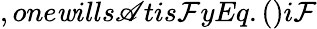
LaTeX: ,one\mathit{w}ills\mathscr{A}tis\mathcal{F}yEq.()i\mathcal{F}